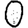
Digit: 0